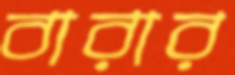
বারার